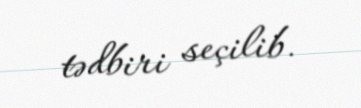
tədbiri seçilib.